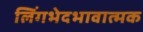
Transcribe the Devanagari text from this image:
लिंगभेदभावात्मक